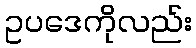
ဥပဒေကိုလည်း